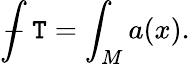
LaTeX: {\int\! \! \! \! \! \! -}\ \mathtt{T}=\int_{M}a(x).